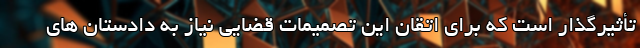
تأثیرگذار است که برای اتقان این تصمیمات قضایی نیاز به دادستان های